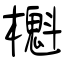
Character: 櫆